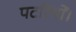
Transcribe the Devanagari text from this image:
पटरियों।